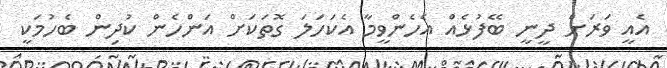
އެއީ ވަރަށް ދީނީ ބޭފުޅެއް އެހެންވީމާ އެކަހަލަ ގޮތަކަށް އަންހެން ކުދިން ބެހުމަކީ